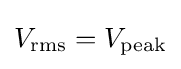
V_{\text{rms}}=V_{\text{peak}}